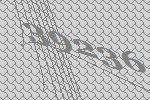
39236